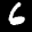
Label: 6